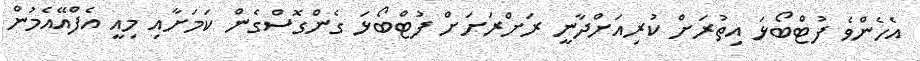
އެހެންވެ ފުޓްބޯޅަ އިތުރަށް ކުރިއަށްދާނީ ރަށްރަށަށް ފުޓްބޯޅަ ގެންގޮސްގެން ކަމަށާއި މިއީ އެފްއޭއެމުން